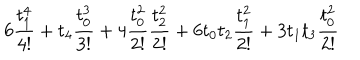
6 \frac { t _ { 1 } ^ { 4 } } { 4 ! } + t _ { 4 } \frac { t _ { 0 } ^ { 3 } } { 3 ! } + 4 \frac { t _ { 0 } ^ { 2 } } { 2 ! } \frac { t _ { 2 } ^ { 2 } } { 2 ! } + 6 t _ { 0 } t _ { 2 } \frac { t _ { 1 } ^ { 2 } } { 2 ! } + 3 t _ { 1 } t _ { 3 } \frac { t _ { 0 } ^ { 2 } } { 2 ! }